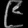
Digit: ၉